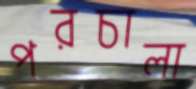
পরচালা